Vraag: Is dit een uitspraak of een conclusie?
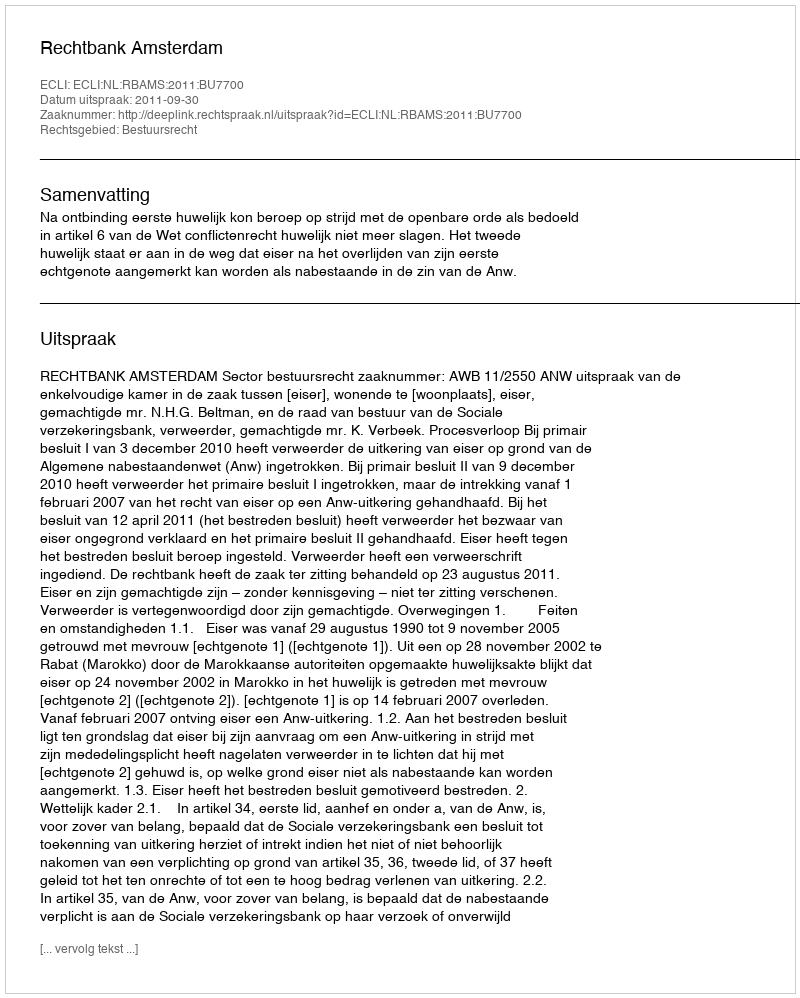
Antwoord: Uitspraak